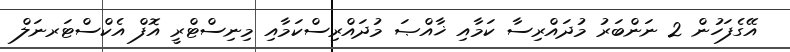
އޭގެފަހުން 2 ނަންބަރު މުދައްރިސާ ކަމާއި ޚާއްޞަ މުދައްރިސްކަމާއި މިނިސްޓްރީ އޮފް އެކްސްޓަރނަލް